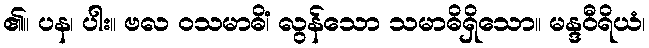
၏။ ပန၊ ပါး။ ဗလ ဝသမာဓိံ၊ လွန်သော သမာဓိရှိသော။ မန္ဒဝီရိယံ၊